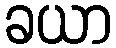
ခယာ